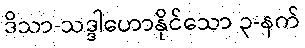
ဒိသာ-သဒ္ဒါဟောနိုင်သော ၃-နက်